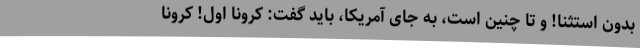
بدون استثنا! و تا چنین است، به‌ جای آمریکا، باید گفت: کرونا اول! کرونا